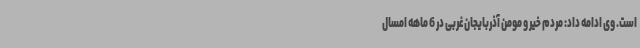
است. وی ادامه داد: مردم خیر و مومن آذربایجان‌غربی در 6 ماهه امسال